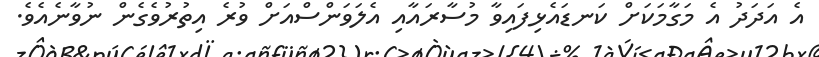
އެ އަދަދު އެ މަގާމަކަށް ކަނޑައެޅިފައިވާ މުސާރައާއި އެލަވަންސްއަށް ވުރެ އިތުރުވެގެން ނުވާނެއެވެ.